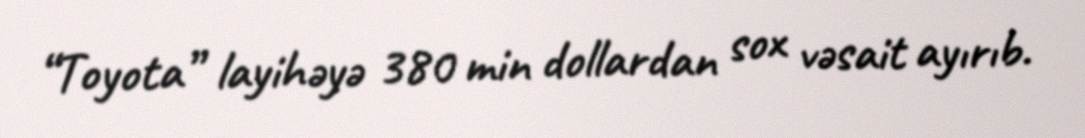
“Toyota” layihəyə 380 min dollardan sox vəsait ayırıb.